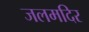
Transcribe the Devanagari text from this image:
जलमदिर